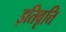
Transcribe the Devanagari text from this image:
इतिवृत्ति